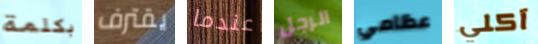
بكلمة يقترف عندما الرجل عظامي آكلي